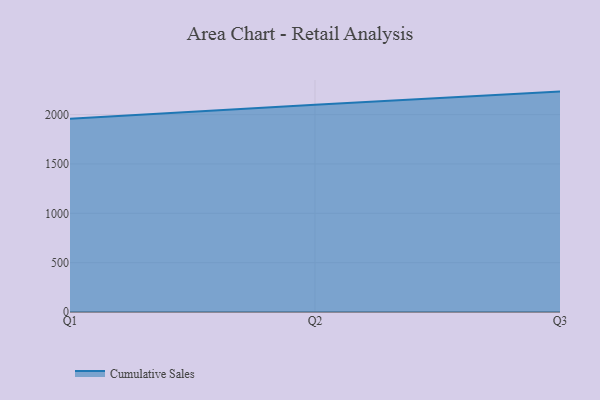
{"axis": {"x": "Quarter", "y": "Production Output"}, "legend": ["Cumulative Sales"], "data": [{"x": "Q1", "y": 1957.5, "type": "Cumulative Sales"}, {"x": "Q2", "y": 2099.7, "type": "Cumulative Sales"}, {"x": "Q3", "y": 2233.3, "type": "Cumulative Sales"}]}